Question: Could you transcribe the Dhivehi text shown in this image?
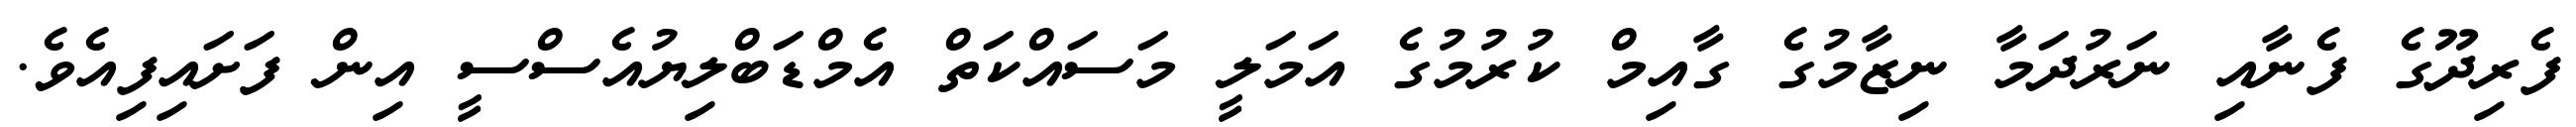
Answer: ފެރިދޫގެ ފެނާއި ނަރުދަމާ ނިޒާމުގެ ގާއިމް ކުރުމުގެ އަމަލީ މަސައްކަތް އެމްޑަބްލިޔުއެސްސީ އިން ފަށައިފިއެވެ.